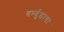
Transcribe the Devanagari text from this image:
बर्म्युडाचा